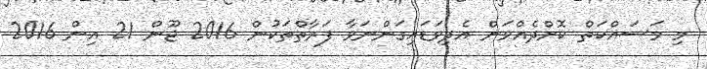
މި މަސައްކަތް ކޮށްދެއްވަން އެދިވަޑައިގަންނަވާ ފަރާތްތަކުން 2016 ޖޫން 21 އިން 2016